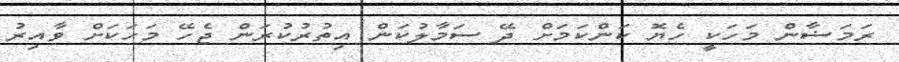
ރަމަޟާން މަހަކީ ހެޔޮ ކަންކަމަށް ދޭ ސަމާލުކަން އިތުރުކުރަން ޖެހޭ މަހަކަށް ވާއިރު